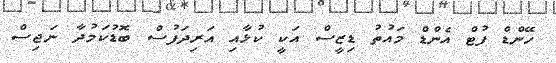
ހޭންޑް ފުޓް އެންޑް މައުތު ޑިޒީސް އަކީ ކުޅާއި އަރިދަފުސް ބޮޑުކަމުދާ ނަޖިސް